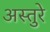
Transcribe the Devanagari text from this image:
अस्तुरे